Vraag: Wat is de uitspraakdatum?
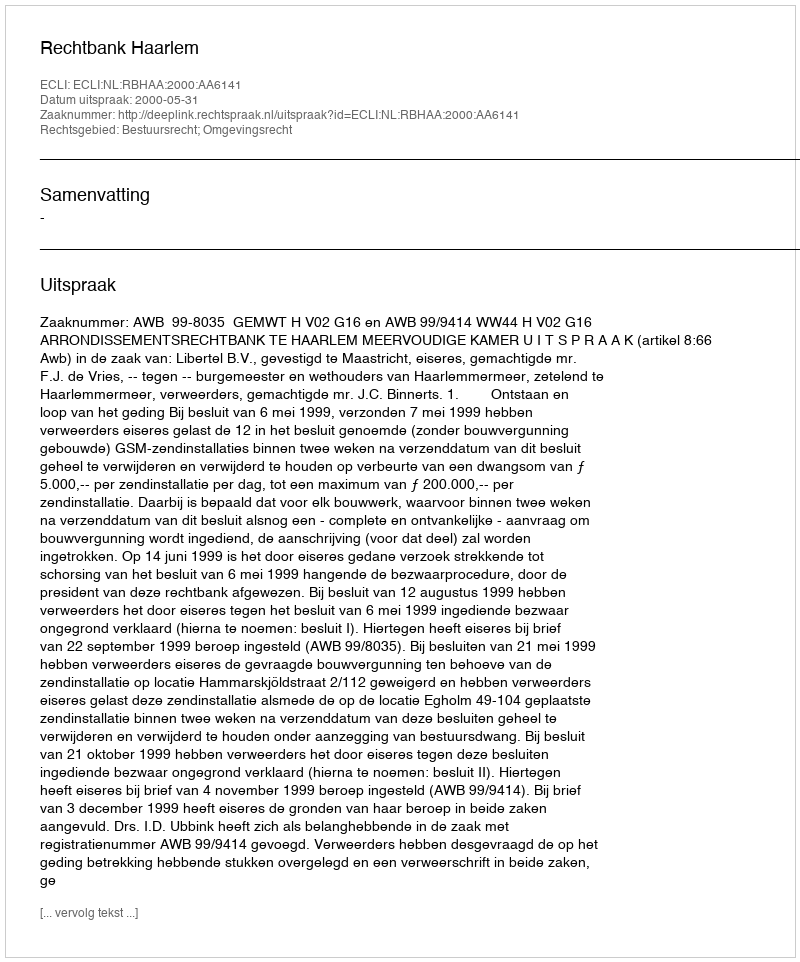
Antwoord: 2000-05-31